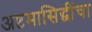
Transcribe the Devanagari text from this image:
अष्टमासिद्धींचा